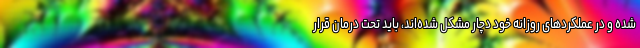
شده و در عملکردهای روزانه خود دچار مشکل شده‌اند، باید تحت درمان قرار